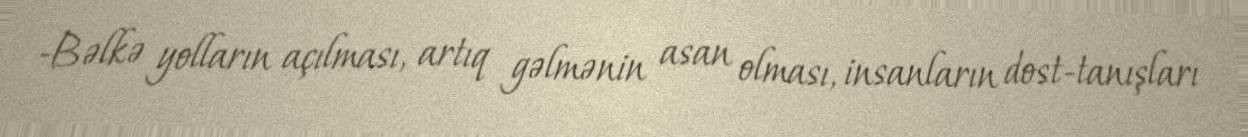
-Bəlkə yolların açılması, artıq gəlmənin asan olması, insanların dost-tanışları